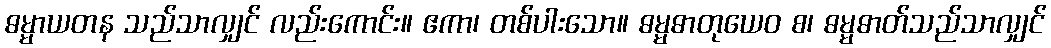
ဓမ္မာယတန သည်သာလျှင် လည်းကောင်း။ ဧကာ၊ တစ်ပါးသော။ ဓမ္မဓာတုယေဝ စ၊ ဓမ္မဓာတ်သည်သာလျှင်